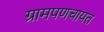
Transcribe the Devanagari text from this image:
ग्रामपणचायत